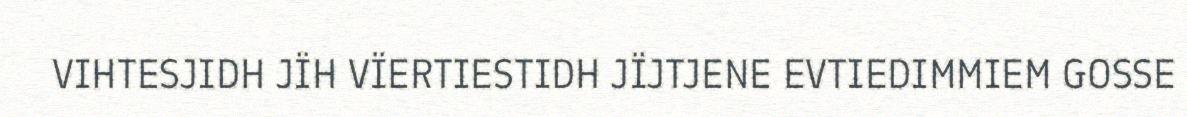
VIHTESJIDH JÏH VÏERTIESTIDH JÏJTJENE EVTIEDIMMIEM GOSSE